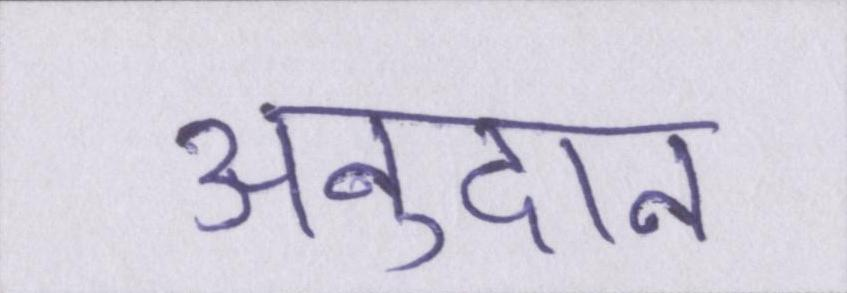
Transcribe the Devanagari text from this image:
अनुदान